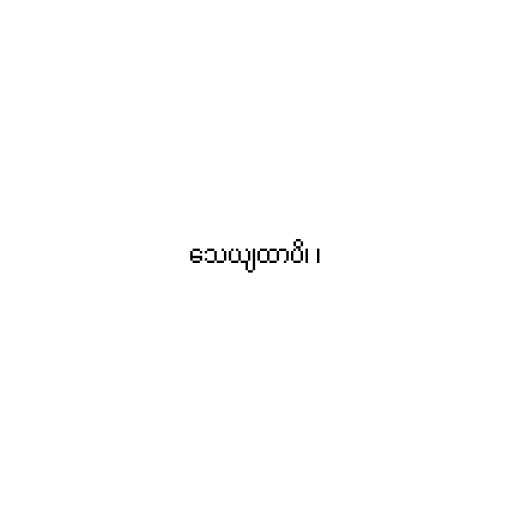
သေယျထာပိ၊ ၊